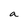
Character: a